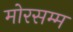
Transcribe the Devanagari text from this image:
मोरसम्म